Annual administration report of the Civil Veterinary Department of India - 1893-1894
Year: 1893
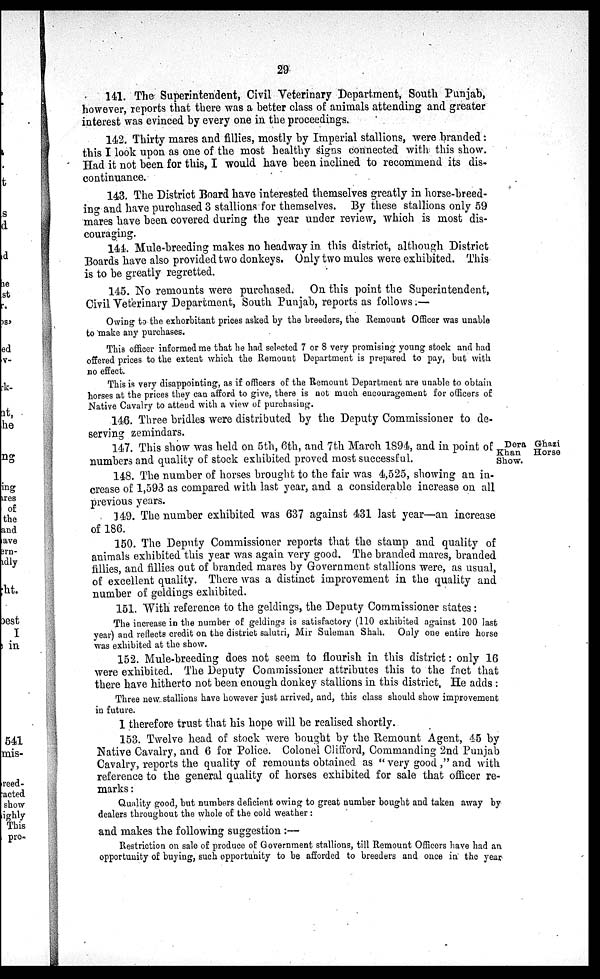
29
141. The Superintendent, Civil Veterinary Department, South Punjab,
however, reports that there was a better class of animals attending and greater
interest was evinced by every one in the proceedings.
142. Thirty mares and fillies, mostly by Imperial stallions, were branded:
this I look upon as one of the most healthy signs connected with this show.
Had it not been for this, I would have been inclined to recommend its dis-
continuance.
143. The District Board have interested themselves greatly in horse-breed-
ing and have purchased 3 stallions for themselves. By these stallions only 59
mares have been covered during the year under review, which is most dis-
couraging.
144. Mule-breeding makes no headway in this district, although District
Boards have also provided two donkeys. Only two mules were exhibited. This
is to be greatly regretted.
145. No remounts were purchased. On this point the Superintendent,
Civil Veterinary Department, South Punjab, reports as follows:—
Owing to the exhorbitant prices asked by the breeders, the Remount Officer was unable
to make any purchases.
This officer informed me that he had selected 7 or 8 very promising young stock and had
offered prices to the extent which the Remount Department is prepared to pay, but with
no effect.
This is very disappointing, as if officers of the Remount Department are unable to obtain
horses at the prices they can afford to give, there is not much encouragement for officers of
Native Cavalry to attend with a view of purchasing.
146. Three bridles were distributed by the Deputy Commissioner to de-
serving zemindars.
Dera Ghazi
Khan Horse
Show.
147. This show was held on 5th, 6th, and 7th March 1894, and in point of
numbers and quality of stock exhibited proved most successful.
148. The number of horses brought to the fair was 4,525, showing an in-
crease of 1,593 as compared with last year, and a considerable increase on all
previous years.
149. The number exhibited was 637 against 431 last year—an increase
of 186.
150. The Deputy Commissioner reports that the stamp and quality of
animals exhibited this year was again very good. The branded mares, branded
fillies, and fillies out of branded mares by Government stallions were, as usual,
of excellent quality. There was a distinct improvement in the quality and
number of geldings exhibited.
151. With reference to the geldings, the Deputy Commissioner states:
The increase in the number of geldings is satisfactory (110 exhibited against 100 last
year) and reflects credit on the district salutri, Mir Suleman Shah. Only one entire horse
was exhibited at the show.
152. Mule-breeding does not seem to flourish in this district: only 16
were exhibited. The Deputy Commissioner attributes this to the fact that
there have hitherto not been enough donkey stallions in this district, He adds:
Three new stallions have however just arrived, and, this class should show improvement
in future.
I therefore trust that his hope will be realised shortly.
153. Twelve head of stock were bought by the Remount Agent, 45 by
Native Cavalry, and 6 for Police. Colonel Clifford, Commanding 2nd Punjab
Cavalry, reports the quality of remounts obtained as "very good," and with
reference to the general quality of horses exhibited for sale that officer re-
marks:
Quality good, but numbers deficient owing to great number bought and taken away by
dealers throughout the whole of the cold weather:
and makes the following suggestion:—
Restriction on sale of produce of Government stallions, till Remount Officers have had an
opportunity of buying, such opportunity to be afforded to breeders and once in the year